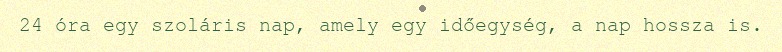
24 óra egy szoláris nap, amely egy időegység, a nap hossza is.